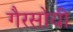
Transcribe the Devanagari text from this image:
गैरसोयी